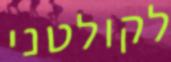
לקולטני